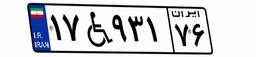
۱۷W۹۳۱۷۶